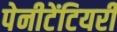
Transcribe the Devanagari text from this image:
पेनीटेंटियरी